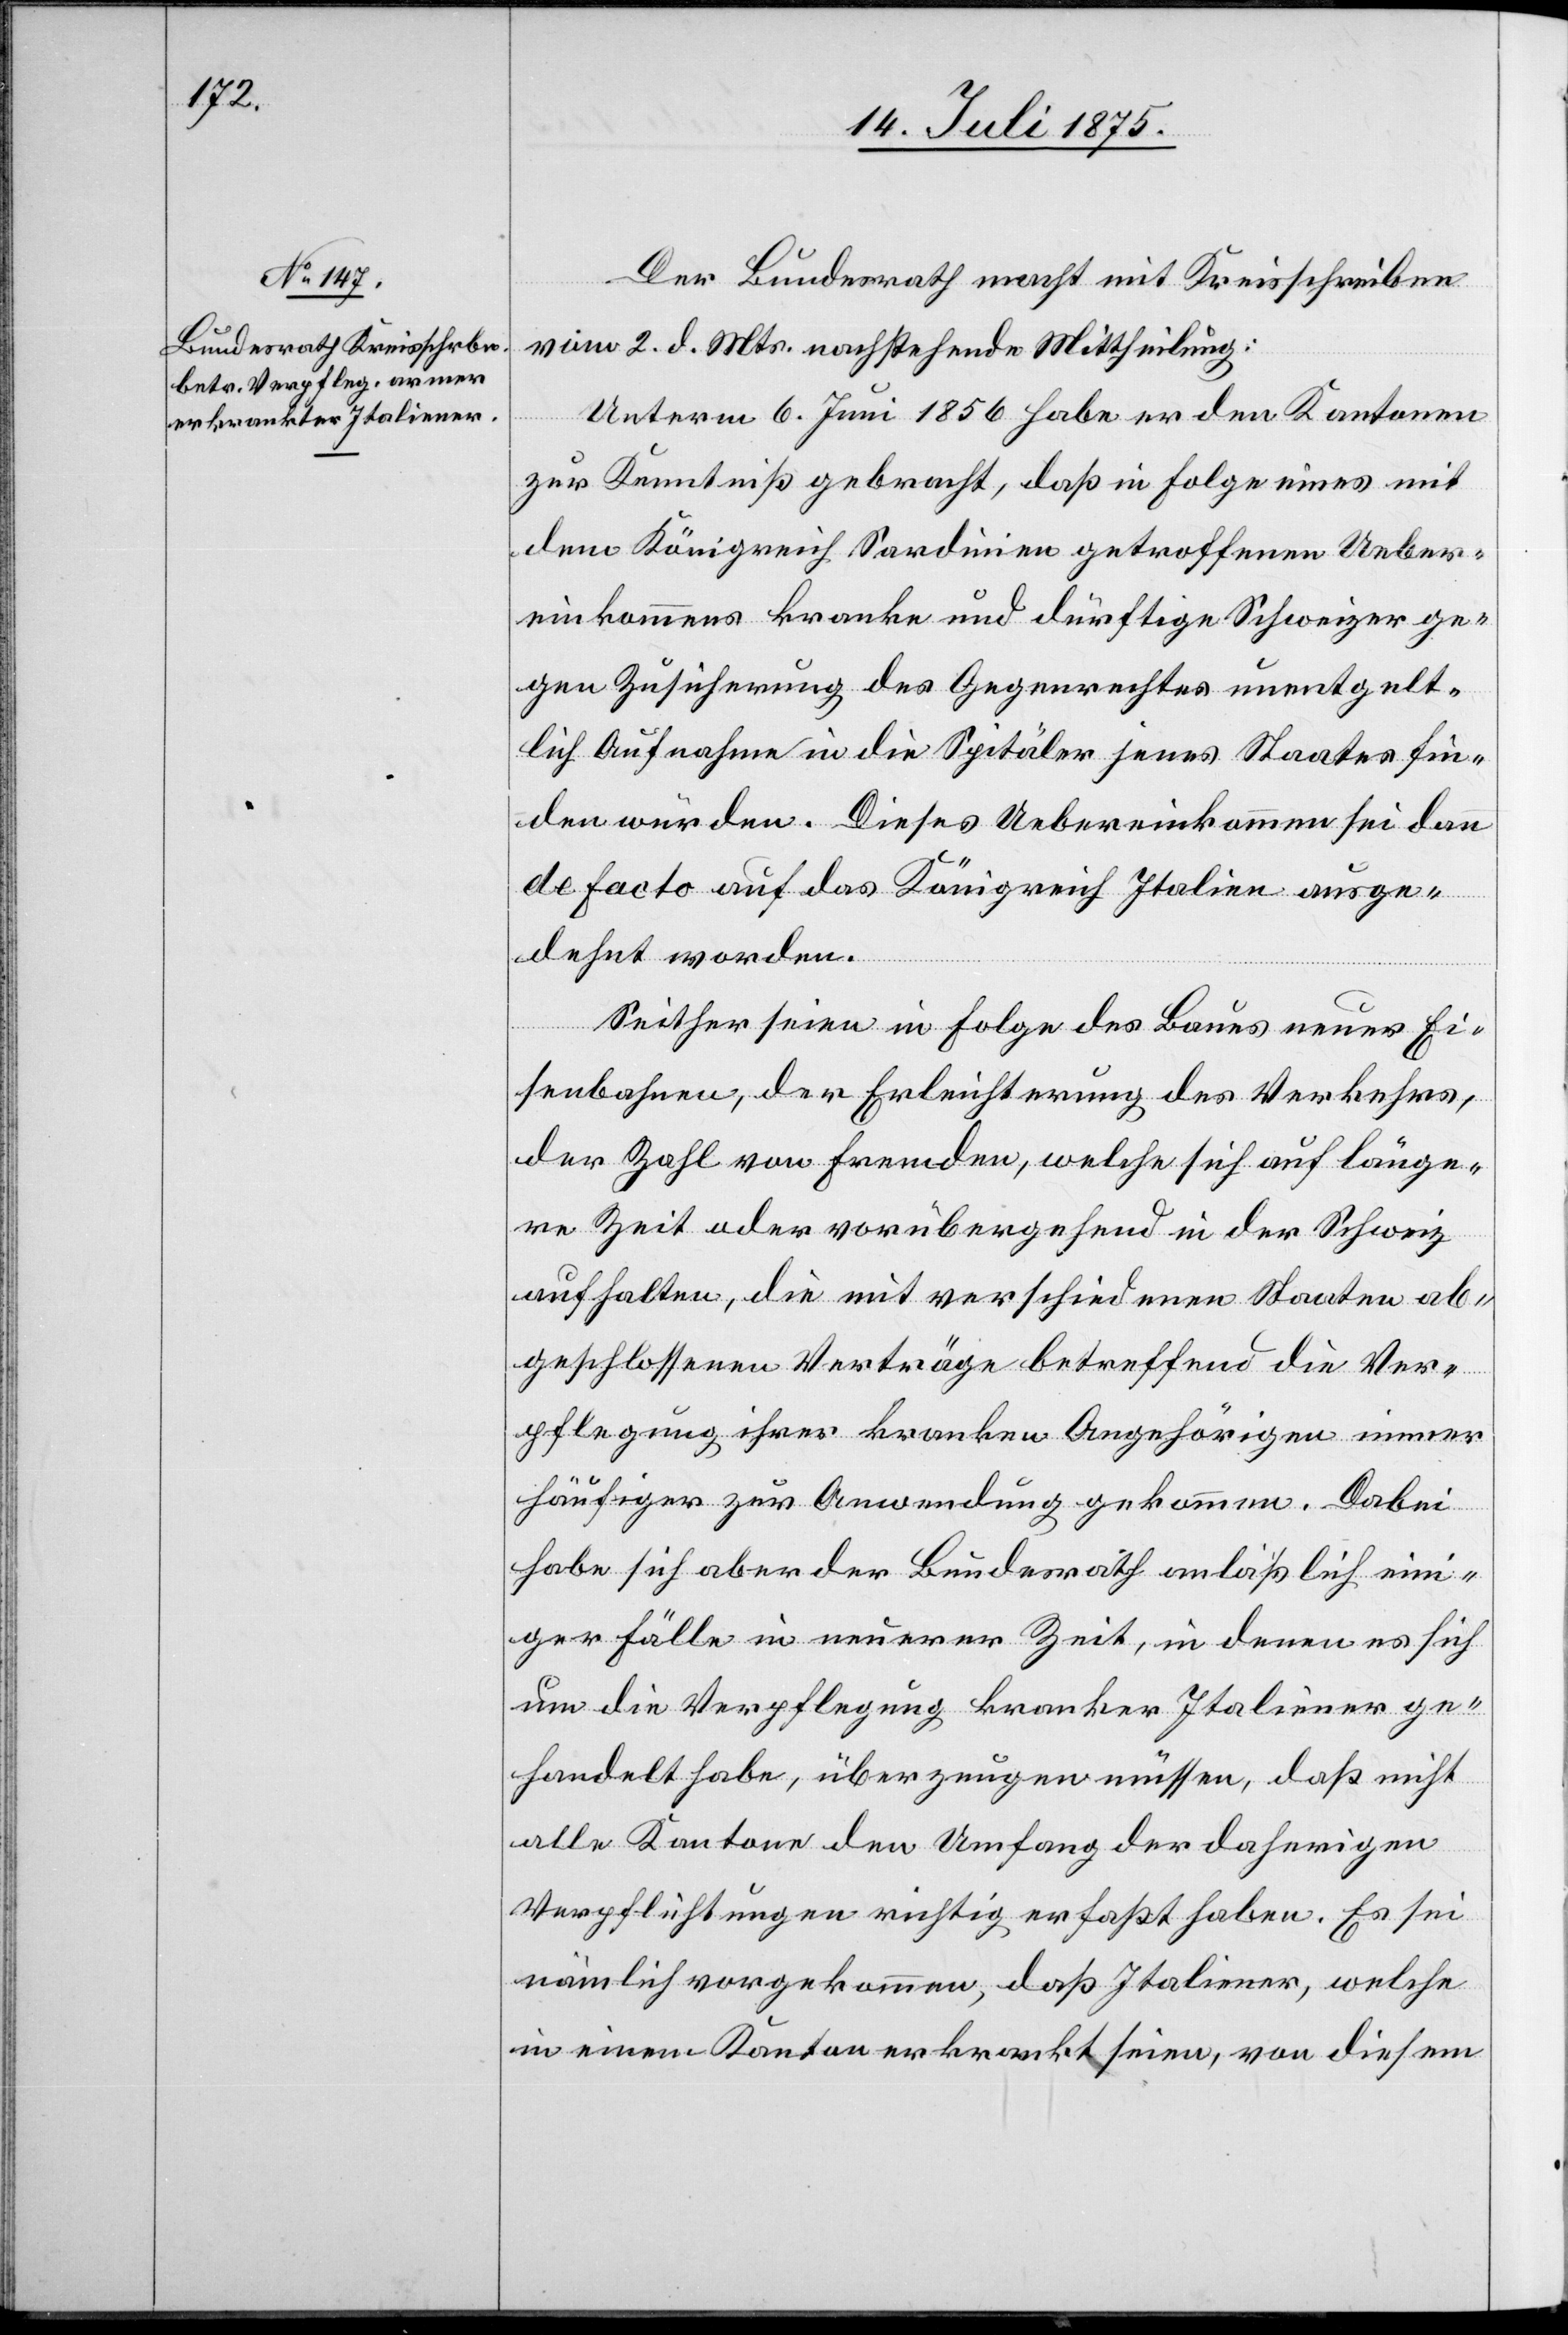
Der Bundesrath macht mit Kreisschreiben
vom 2. d. Mts. nachstehende Mittheilung:
Unterm 6. Juni 1856 habe er den Kantonen
zur Kenntniß gebracht, daß in Folge eines mit
dem Königreich Sardinien getroffenen Ueber¬
einkommens kranke und dürftige Schweizer ge¬
gen Zusicherung des Gegenrechtes unentgelt¬
lich Aufnahme in die Spitäler jenes Staats fin¬
den würden. Dieses Uebereinkommen sei dann
de facto auf das Königreich Italien ausge¬
dehnt worden.
Seither seien in Folge des Baues neuer Ei¬
senbahnen, der Erleichterung des Verkehrs,
der Zahl von Fremden, welche sich auf länge¬
re Zeit oder vorübergehend in der Schweiz
aufhalten, die mit verschiedenen Staaten
geschlossenen Verträge betreffen die Ver¬
pflegung ihrer kranken Angehörigen immer
häufiger zur Anwendung gekommen. Dabei
habe sich aber der Bundesrath anläßlich ein¬
iger Fälle in neuerer Zeit, in denen es sich
um die Verpflegung kranker Italiener ge¬
handelt habe, überzeugen müssen, daß nicht
alle Kantone den Umfang der daherigen
Verpflichtungen richtig erfaßt haben. Es sei
nämlich vorgekommen, daß Italiener, welche
in einem Kanton erkrankt seien, von diesem